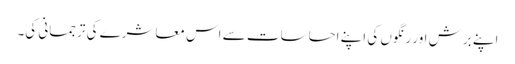
اپنے برش اور رنگوں کی اپنے احساسات سے اس معاشرے کی ترجمانی کی۔